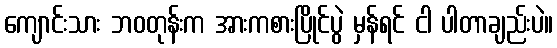
ကျောင်းသား ဘဝတုန်းက အားကစားပြိုင်ပွဲ မှန်ရင် ငါ ပါတာချည်းပဲ။